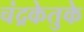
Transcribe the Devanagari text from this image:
चंद्रकेतुके